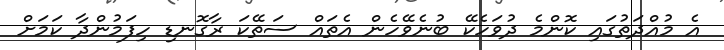
އެ މުއްދަތުގައި ކޮންމެ ދުވަހެކޭ ބުނެވޭހެން އެތައް ސަތޭކަ ރާގޮނޑި ހިފަމުންދާ ކަމަށް